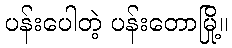
ပန်းပေါတဲ့ ပန်းတောမြို့။